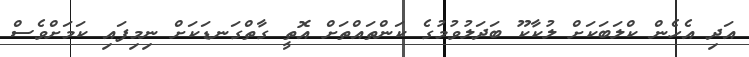
އަދި އެހެން ކްލަބަކަށް ލުކާކޫ ބަދަލުވުމުގެ ކަންތައްތަށް އޮތީ ގާތްގަނޑަކަށް ނިމިފައި ކަމަށްވެސް